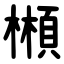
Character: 䫐